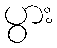
ပွား